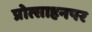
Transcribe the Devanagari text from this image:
प्रोत्साहनपर